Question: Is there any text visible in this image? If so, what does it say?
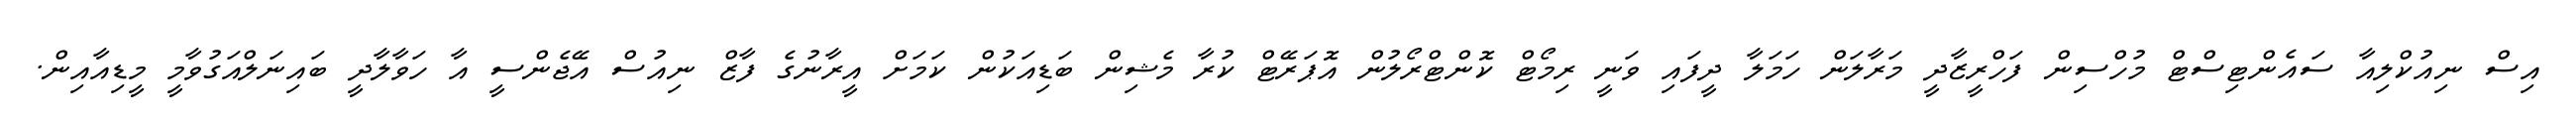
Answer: އިސް ނިއުކްލިއާ ސައެންޓިސްޓް މުހްސިން ފަހްރީޒާދީ މަރާލަން ހަމަލާ ދީފައި ވަނީ ރިމޯޓް ކޮންޓްރޯލުން އޮޕަރޭޓް ކުރާ މެޝިން ބަޑިއަކުން ކަމަށް އީރާނުގެ ފާޒް ނިއުސް އޭޖެންސީ އާ ހަވާލާދީ ބައިނަލްއަގުވާމީ މީޑިއާއިން.